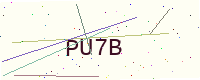
Text: PU7B